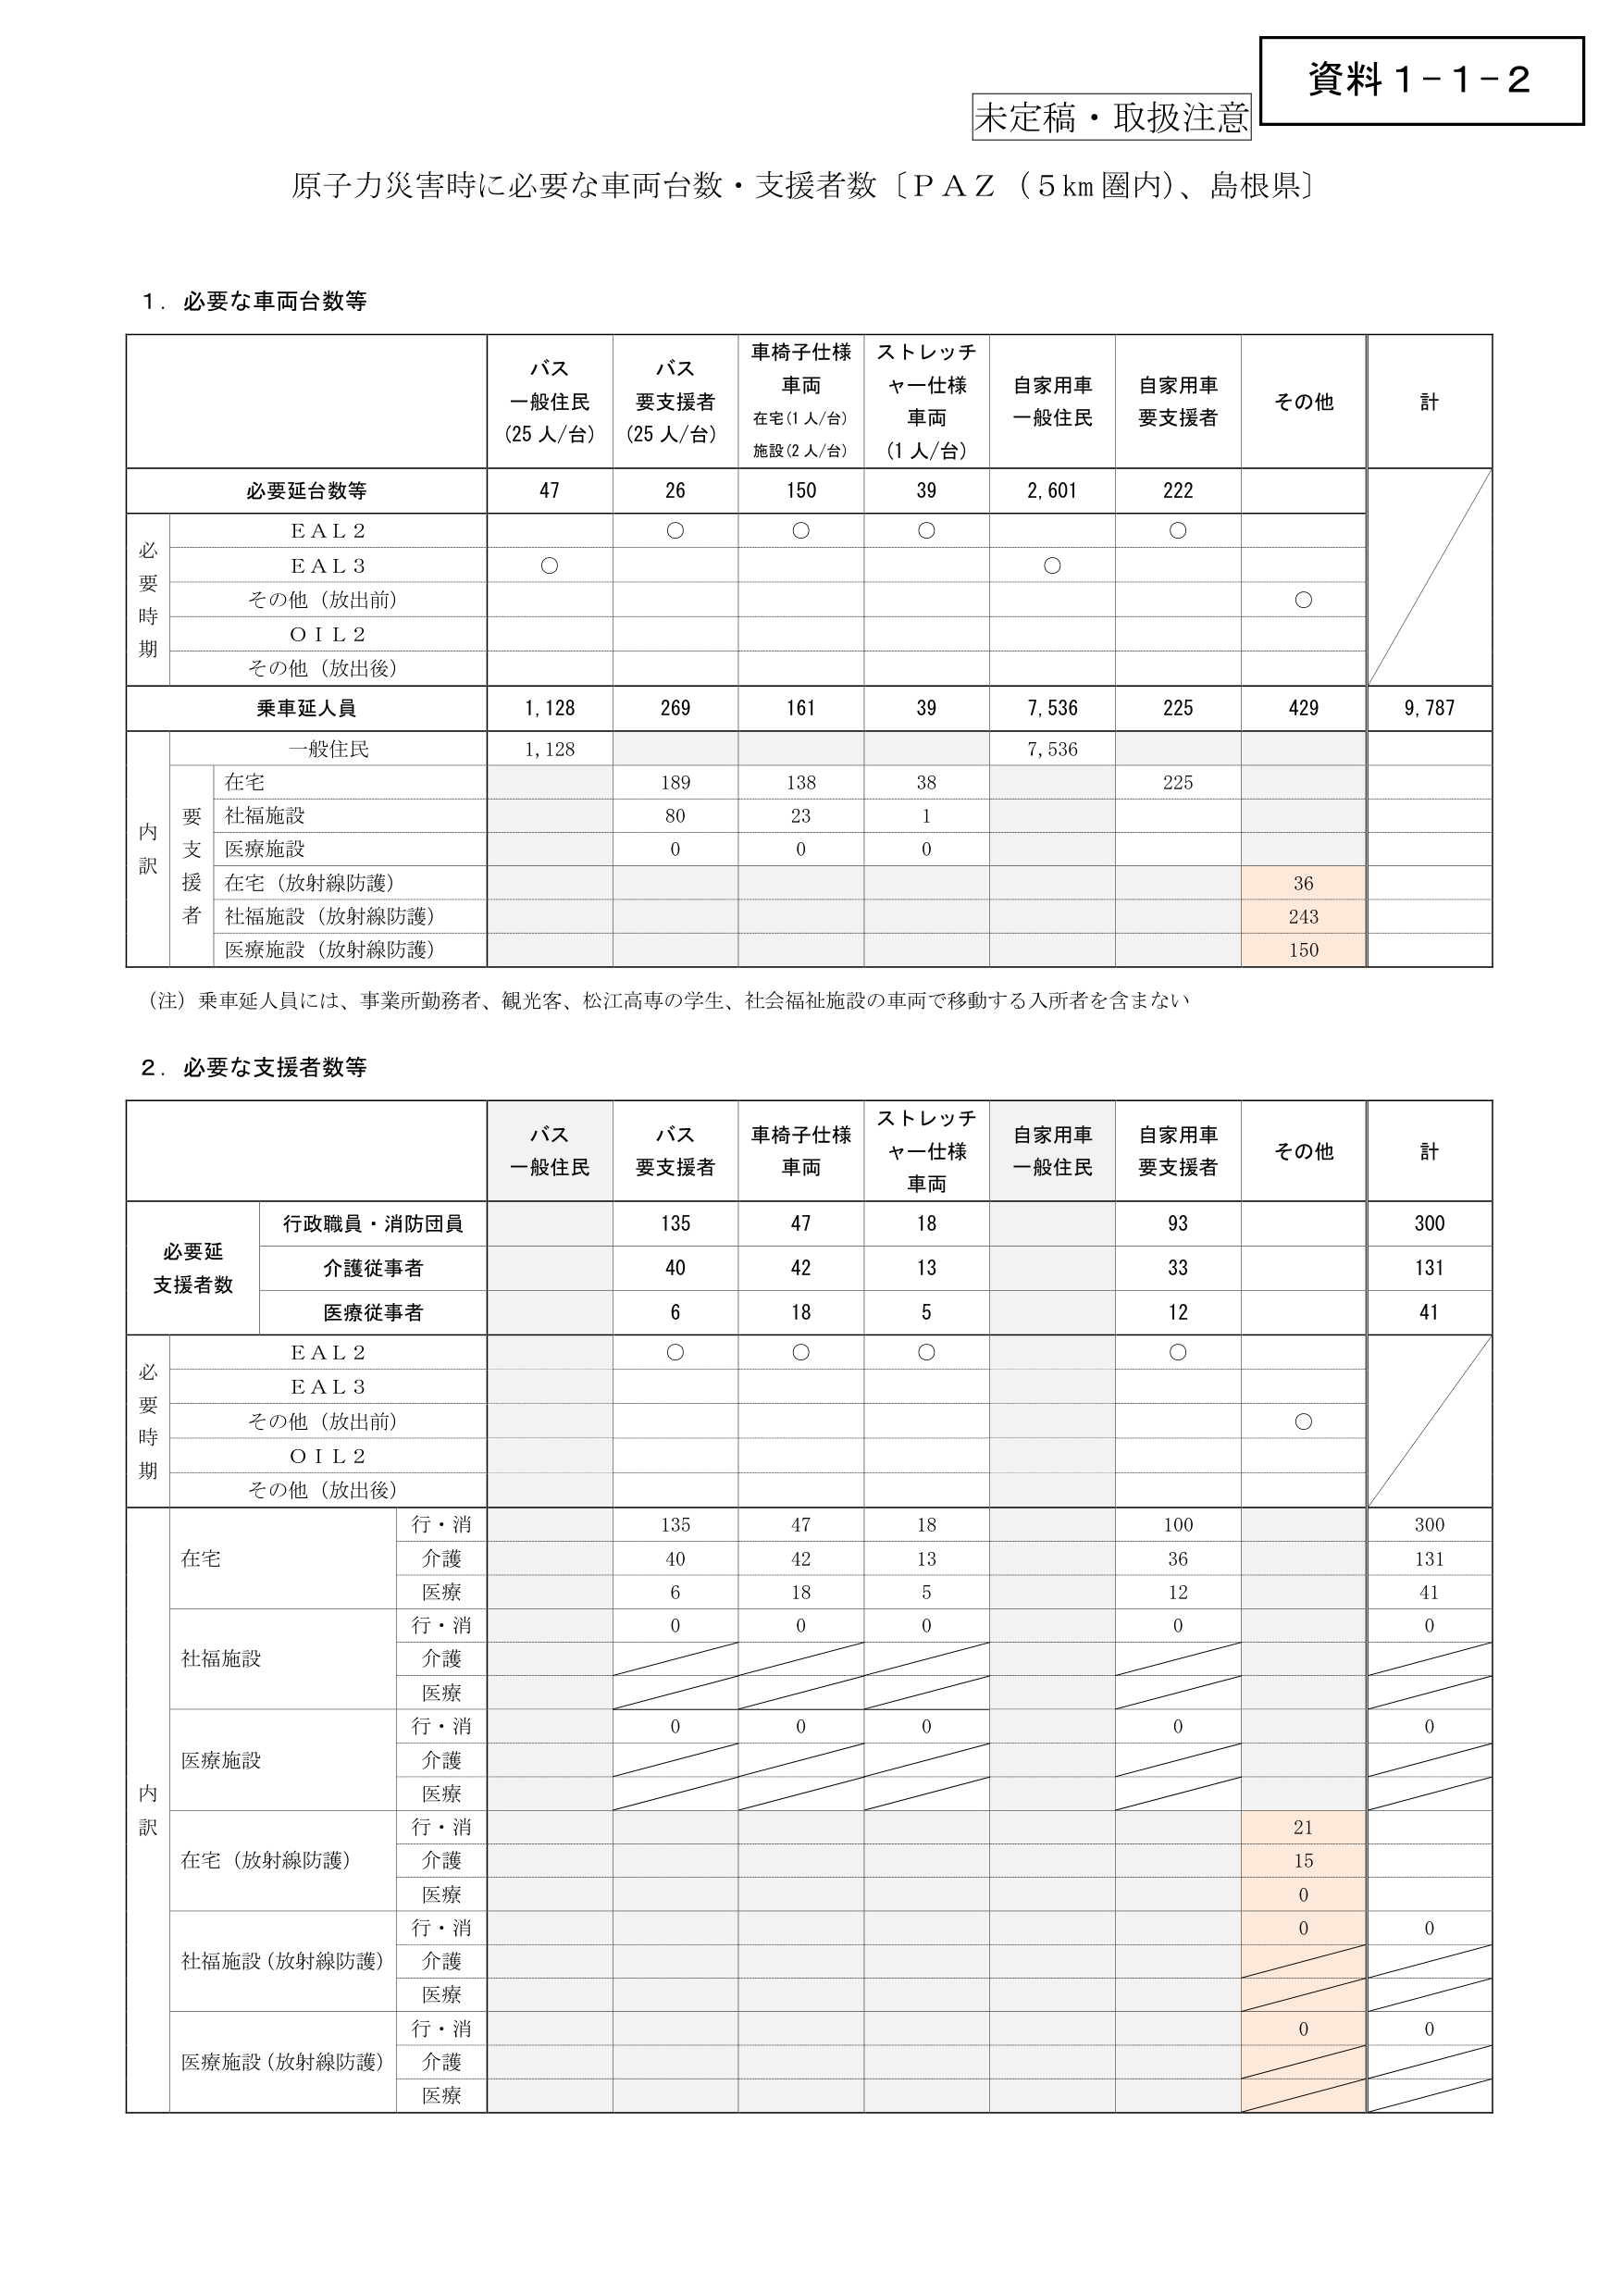
資料１－１－２
未定稿・取扱注意

原子力災害時に必要な車両台数・支援者数〔ＰＡＺ（５km圏内）、島根県〕

１．必要な車両台数等

| | バス 一般住民 (25人/台) | バス 要支援者 (25人/台) | 車椅子仕様 車両 在宅(1人/台) 施設(2人/台) | ストレッチャー仕様 車両 (1人/台) | 自家用車 一般住民 | 自家用車 要支援者 | その他 | 計 |
|---|---|---|---|---|---|---|---|---|
| **必要延台数等** | 47 | 26 | 150 | 39 | 2,601 | 222 | | |
| 必要時期 | EＡＬ２ | ○ | ○ | ○ | ○ | | | |
| | EＡＬ３ | ○ | | | ○ | | | |
| | その他（放出前） | | | | | | ○ | |
| | ＯＩＬ２ | | | | | | | |
| | その他（放出後） | | | | | | | |
| **乗車延人員** | 1,128 | 269 | 161 | 39 | 7,536 | 225 | 429 | **9,787** |
| 内訳 | 一般住民 | 1,128 | | | | 7,536 | | | |
| | 要支援者 | 在宅 | | 189 | 138 | 38 | | 225 | |
| | | 社福施設 | | 80 | 23 | 1 | | | |
| | | 医療施設 | | 0 | 0 | 0 | | | |
| | | 在宅（放射線防護） | | | | | | 36 | |
| | | 社福施設（放射線防護） | | | | | | 243 | |
| | | 医療施設（放射線防護） | | | | | | 150 | |

（注）乗車延人員には、事業所勤務者、観光客、松江高専の学生、社会福祉施設の車両で移動する入所者を含まない

２．必要な支援者数等

| | バス 一般住民 | バス 要支援者 | 車椅子仕様 車両 | ストレッチャー仕様 車両 | 自家用車 一般住民 | 自家用車 要支援者 | その他 | 計 |
|---|---|---|---|---|---|---|---|---|
| **必要延支援者数** | | 行政職員・消防団員 | | 135 | 47 | 18 | | 93 | 300 |
| | | 介護従事者 | | 40 | 42 | 13 | | 33 | 131 |
| | | 医療従事者 | | 6 | 18 | 5 | | 12 | 41 |
| 必要時期 | | EＡＬ２ | | ○ | ○ | ○ | | ○ | |
| | | EＡＬ３ | | | | | | | |
| | | その他（放出前） | | | | | | ○ | |
| | | ＯＩＬ２ | | | | | | | |
| | | その他（放出後） | | | | | | | |
| 内訳 | 在宅 | 行・消 | | 135 | 47 | 18 | | 100 | 300 |
| | | 介護 | | 40 | 42 | 13 | | 36 | 131 |
| | | 医療 | | 6 | 18 | 5 | | 12 | 41 |
| | | 行・消 | | 0 | 0 | 0 | | 0 | 0 |
| | 社福施設 | 介護 | | | | | | | |
| | | 医療 | | | | | | | |
| | 医療施設 | 行・消 | | 0 | 0 | 0 | | 0 | 0 |
| | | 介護 | | | | | | | |
| | | 医療 | | | | | | | |
| | 在宅（放射線防護） | 行・消 | | | | | | 21 | |
| | | 介護 | | | | | | 15 | |
| | | 医療 | | | | | | 0 | |
| | 社福施設（放射線防護） | 行・消 | | | | | | 0 | 0 |
| | | 介護 | | | | | | | |
| | | 医療 | | | | | | | |
| | 医療施設（放射線防護） | 行・消 | | | | | | 0 | 0 |
| | | 介護 | | | | | | | |
| | | 医療 | | | | | | | |